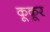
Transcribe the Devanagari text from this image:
कूकूर